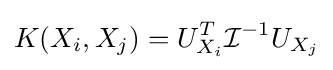
K(X_{i},X_{j})=U_{X_{i}}^{T}{\mathcal {I}}^{-1}U_{X_{j}}